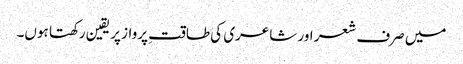
میں صرف شعر اور شاعری کی طاقتِ پرواز پر یقین رکھتا ہوں۔